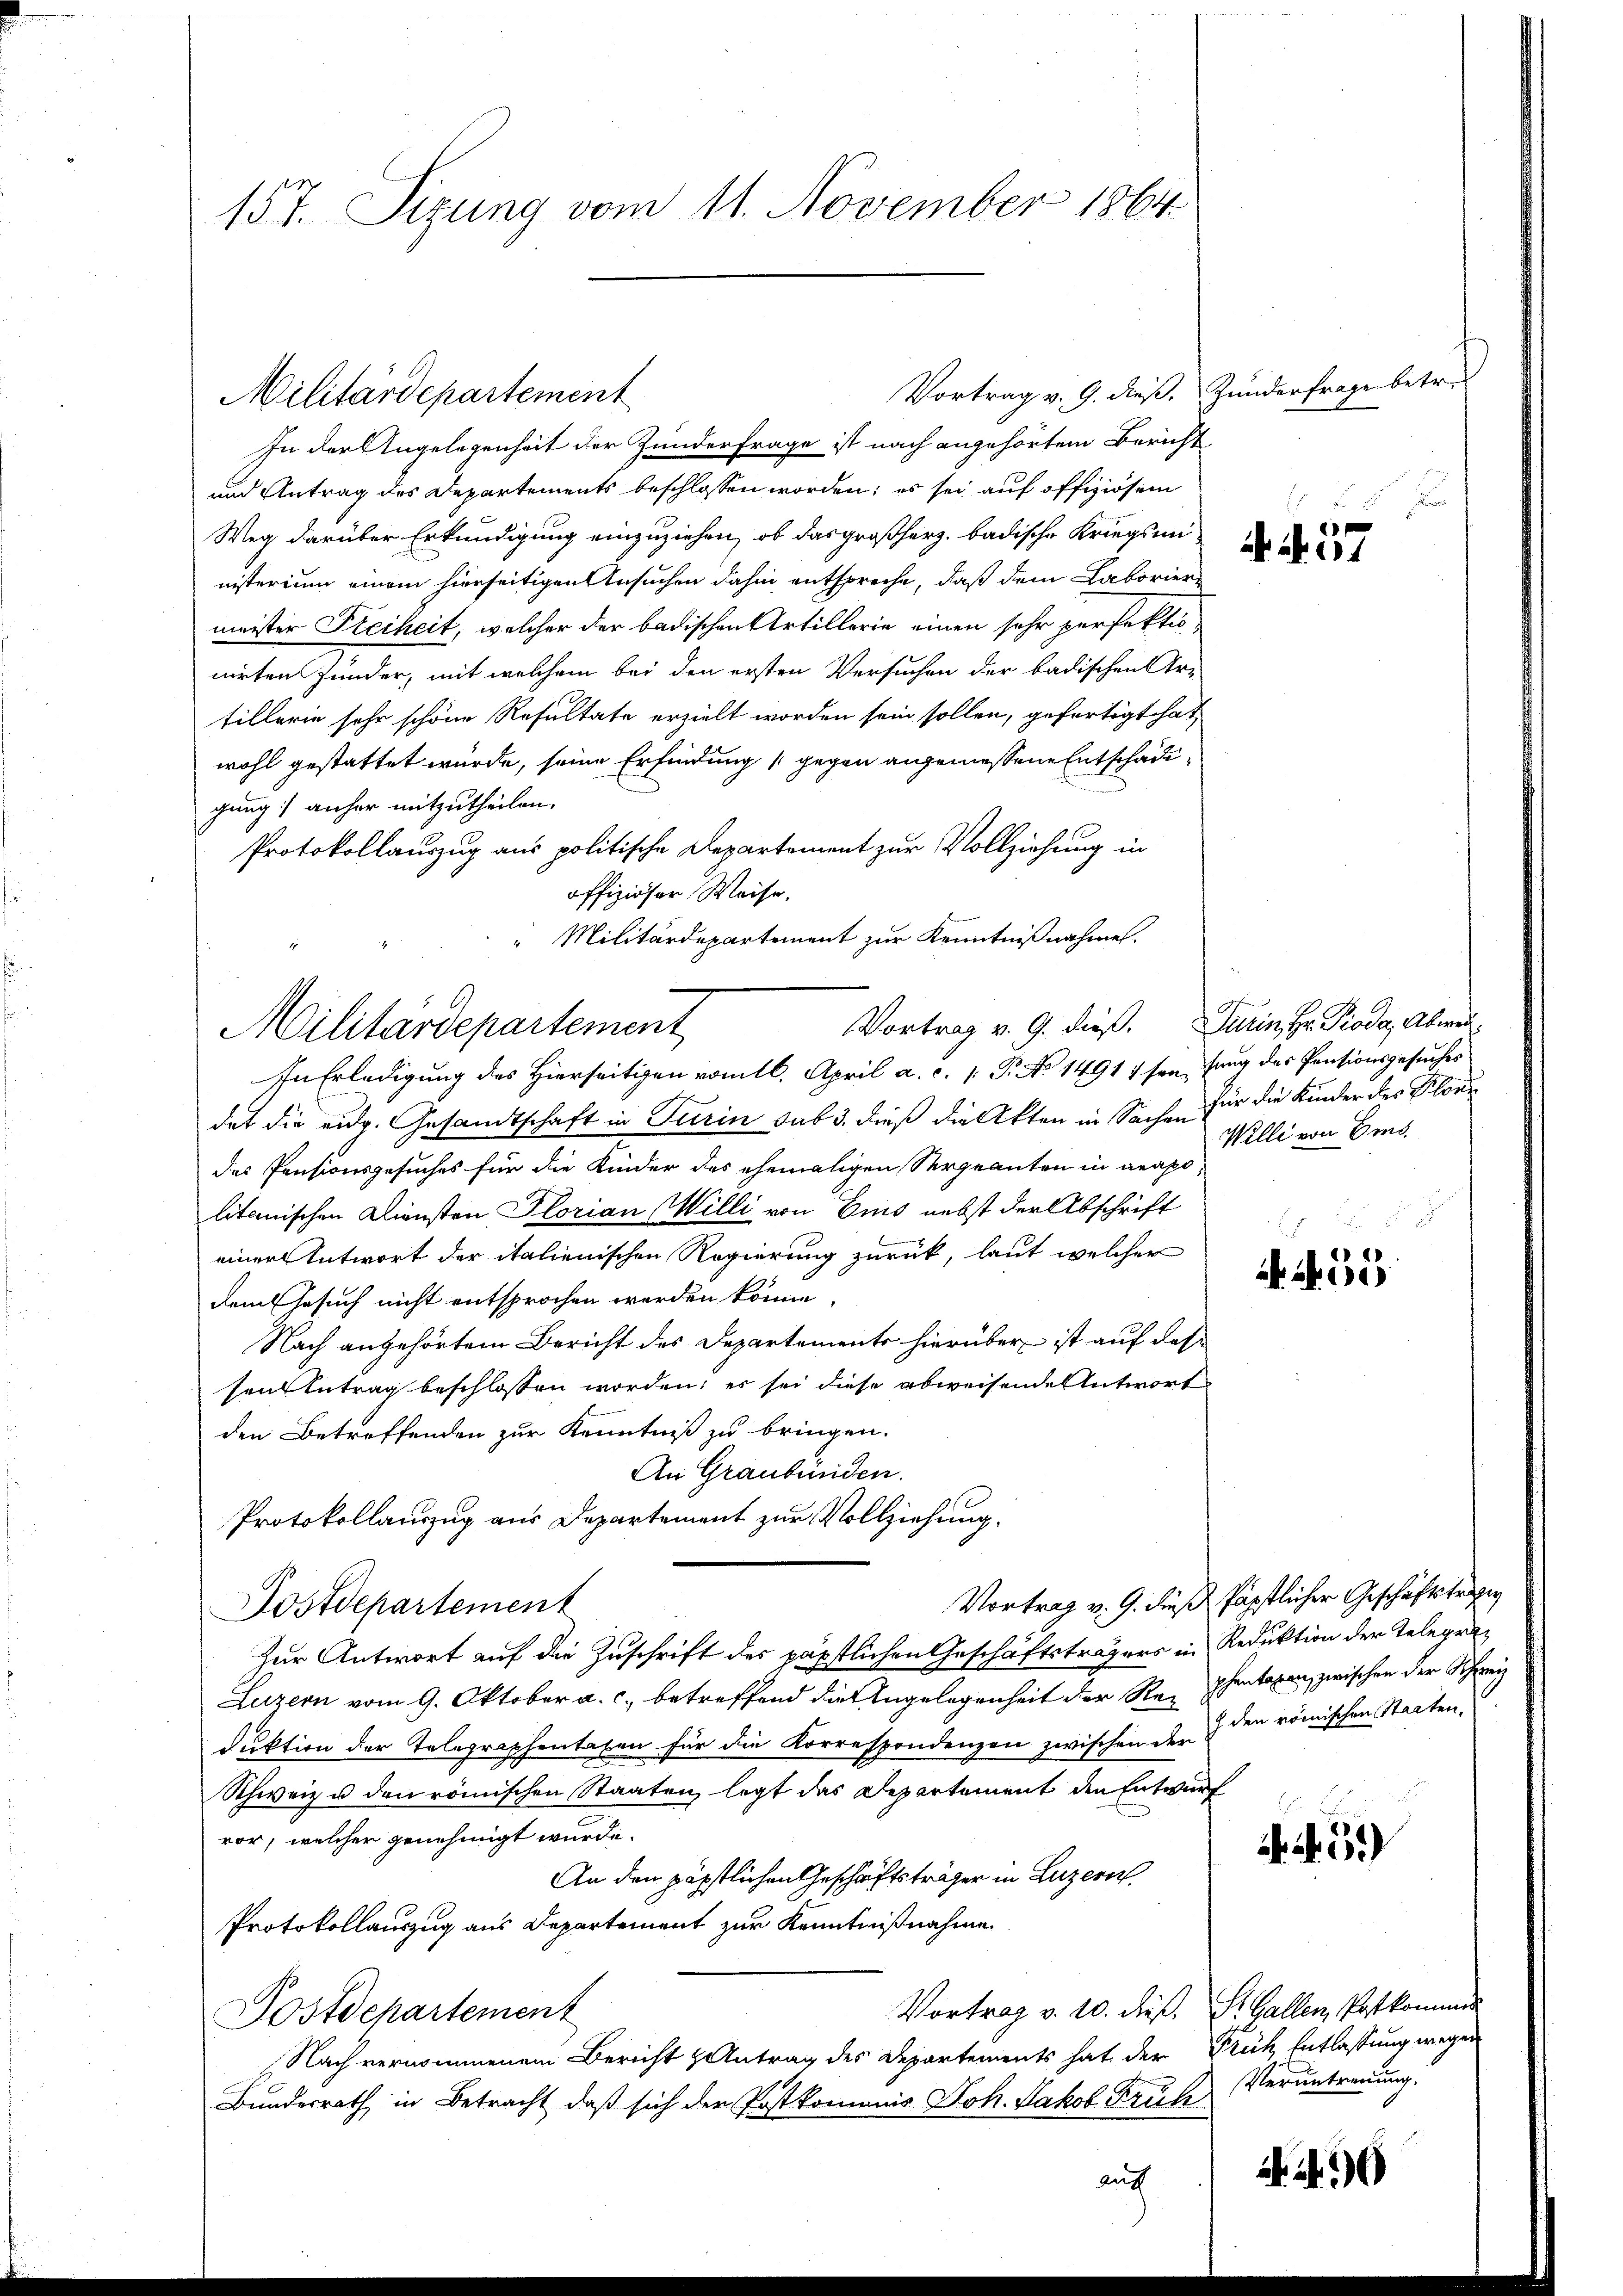
157. Sizung vom 11. November 1864

Vortrag v. 9. dieß. Zunderfrage betr.
In der Angelegenheit der Zunderfrage ist nach angehörtem Bericht
und Antrag des Departements beschlossen worden; es sei auf offiziösem
Weg darüber Erkundigung einzuziehen, ob das großherz. badische Kriegsministerium einem hierseitigen Ansuchen dahin entspreche, daß dem Laboriermeister Freiheit, welcher der badischen Artillerie einen sehr perfektio
nirten Junder, mit welchem bei den ersten Versuchen der badischen Er-
fillerin sehr schöne Resultate erzielt worden sein sollen, gefertigt hat
wohl gestattet wurde, seine Erfindung gegen angemessene Entschädigung anher mitzutheilen.
Protokollauszug aus politische Departement zur Vollziehung in
offiziöser Weise,
Militärdepartement zur Kenntnißnahme.
Vortrag v. 9. dieß. Turin, Hr. Pioda, Abweidat die eidg. Gesandtschaft in Turin sub 3. dieß die Akten in Sachen für die Kinder des Flore
des Pensionsgesuches für die Kinder des ehemaligen Sergeanten in geapolitanischen Diensten Florian Willi von Eis nebst der Abschrift
einer Antwort der italienischen Regierung zurück, laut welcher
 N. 55
dem Gesuch nicht entsprochen werden könne
Nach angehörtem Bericht des Departements hierüber ist auf das
sen Antrag beschlossen worden; es sei diese abweisende Antwort
den Betreffenden zur Kenntniß zu bringen.
An Graubünden.
Protokollauszug aus Departement zur Vollziehung.
Vortrag v. G. dieß Päpstlicher Geschäftstrafg
Postdepartement
Zur Antwort auf die Zuschrift des päpstlichen Geschäftsträgers in Reduktion der Telegra¬
Luzern vom 9. Oktober a. c. betreffend die Angelegenheit der Re-Phantaxen zwischen der Schweiz
 den römischen Staaten.
duktion der Telegraphentaten für die Korrespondenzen zwischen der
Schweiz u den römischen Staaten, legt das Departement den Entwurf
vor, welcher genehmigt wurde.
.39)
An den päpstlichen Geschäftsträger in Luzern
Protokollauszug aus Departement zur Kenntnißnahme
Vortrag v. 10. dieß, St. Gallen, Patkommen
Postdepartement
Nach vernommenem Bericht & Antrag des Departements hat der Früh Entlassung wegen
Bundesrath in Betracht, daß sich der Postkommnis Joh. Jakob Bruche Veruntreuung.
 9
auch

Militärdepartement
In Erledigung des Hierseitigen vom 16. April a. c. 1. Pr. No 1491 7 sei, fang des Pensionsgesuches

Militärdepartement

d. d. 257

Willi von Eis

E f